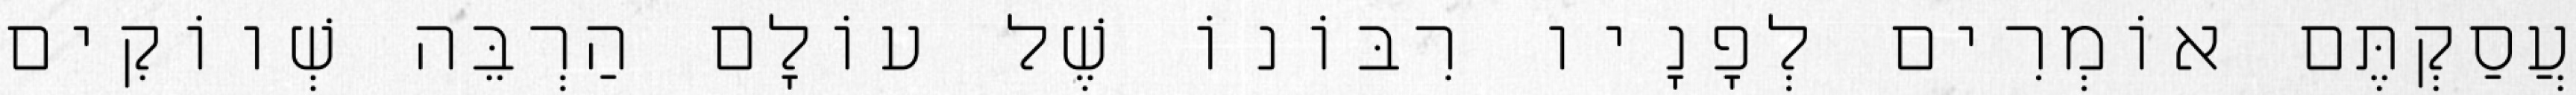
עֲסַקְתֶּם אוֹמְרִים לְפָנָיו רִבּוֹנוֹ שֶׁל עוֹלָם הַרְבֵּה שְׁווֹקִים